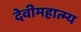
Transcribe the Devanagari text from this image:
देवीमहात्म्य